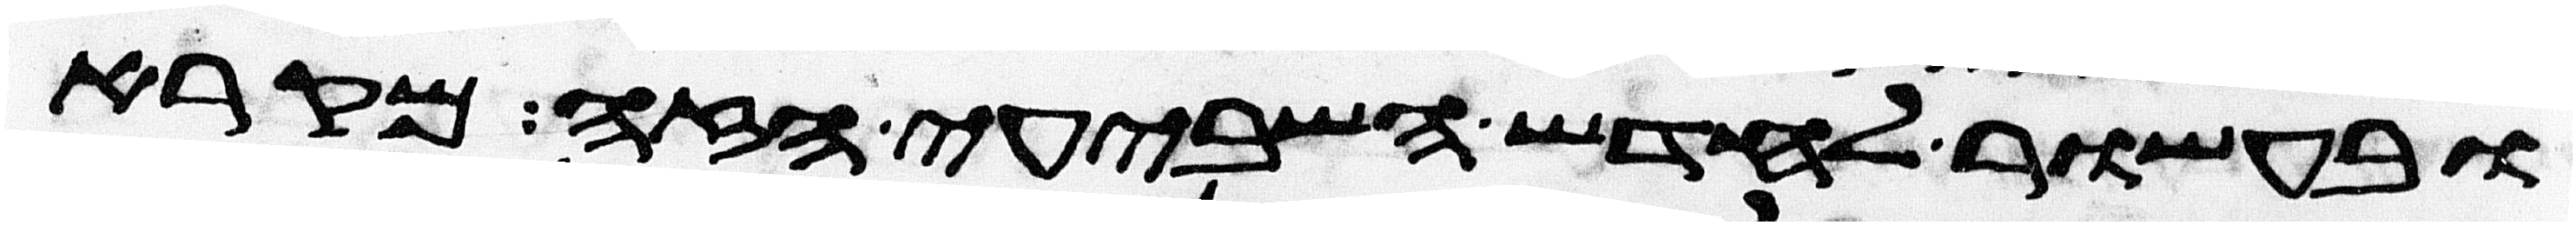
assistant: ובעשור לחדש השביעי הזה מקרא